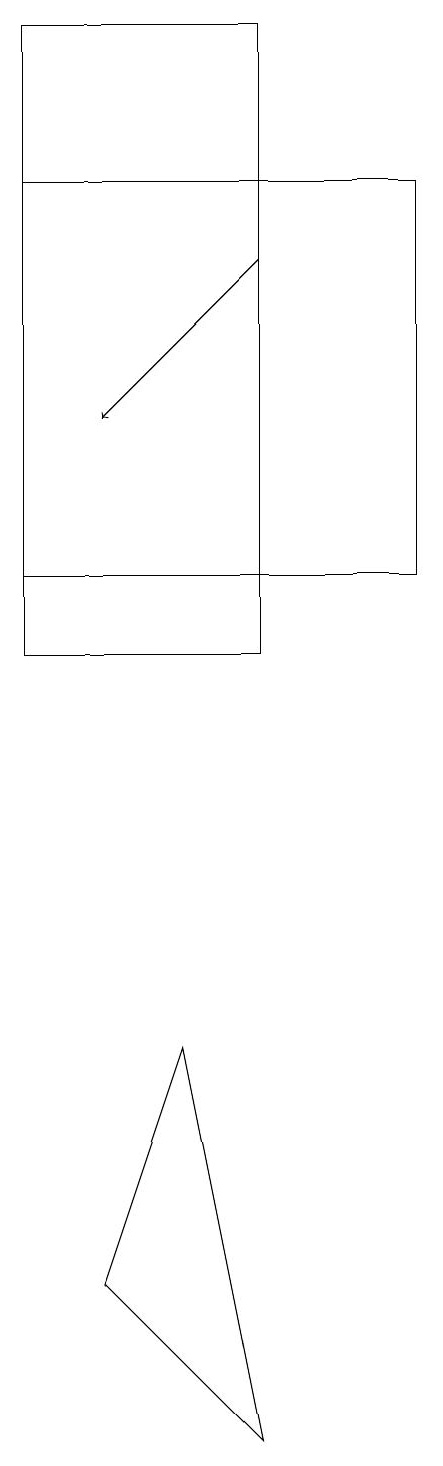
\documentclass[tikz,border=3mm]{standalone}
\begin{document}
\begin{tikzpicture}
\draw (6,19) rectangle (3,11);
\draw (6,1) -- (4,3) -- (5,6) -- cycle;
\draw[->] (6,16) -- (4,14);
\draw (3,12) rectangle (8,17);
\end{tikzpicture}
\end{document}